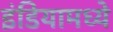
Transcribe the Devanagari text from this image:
इंडियामध्‍ये